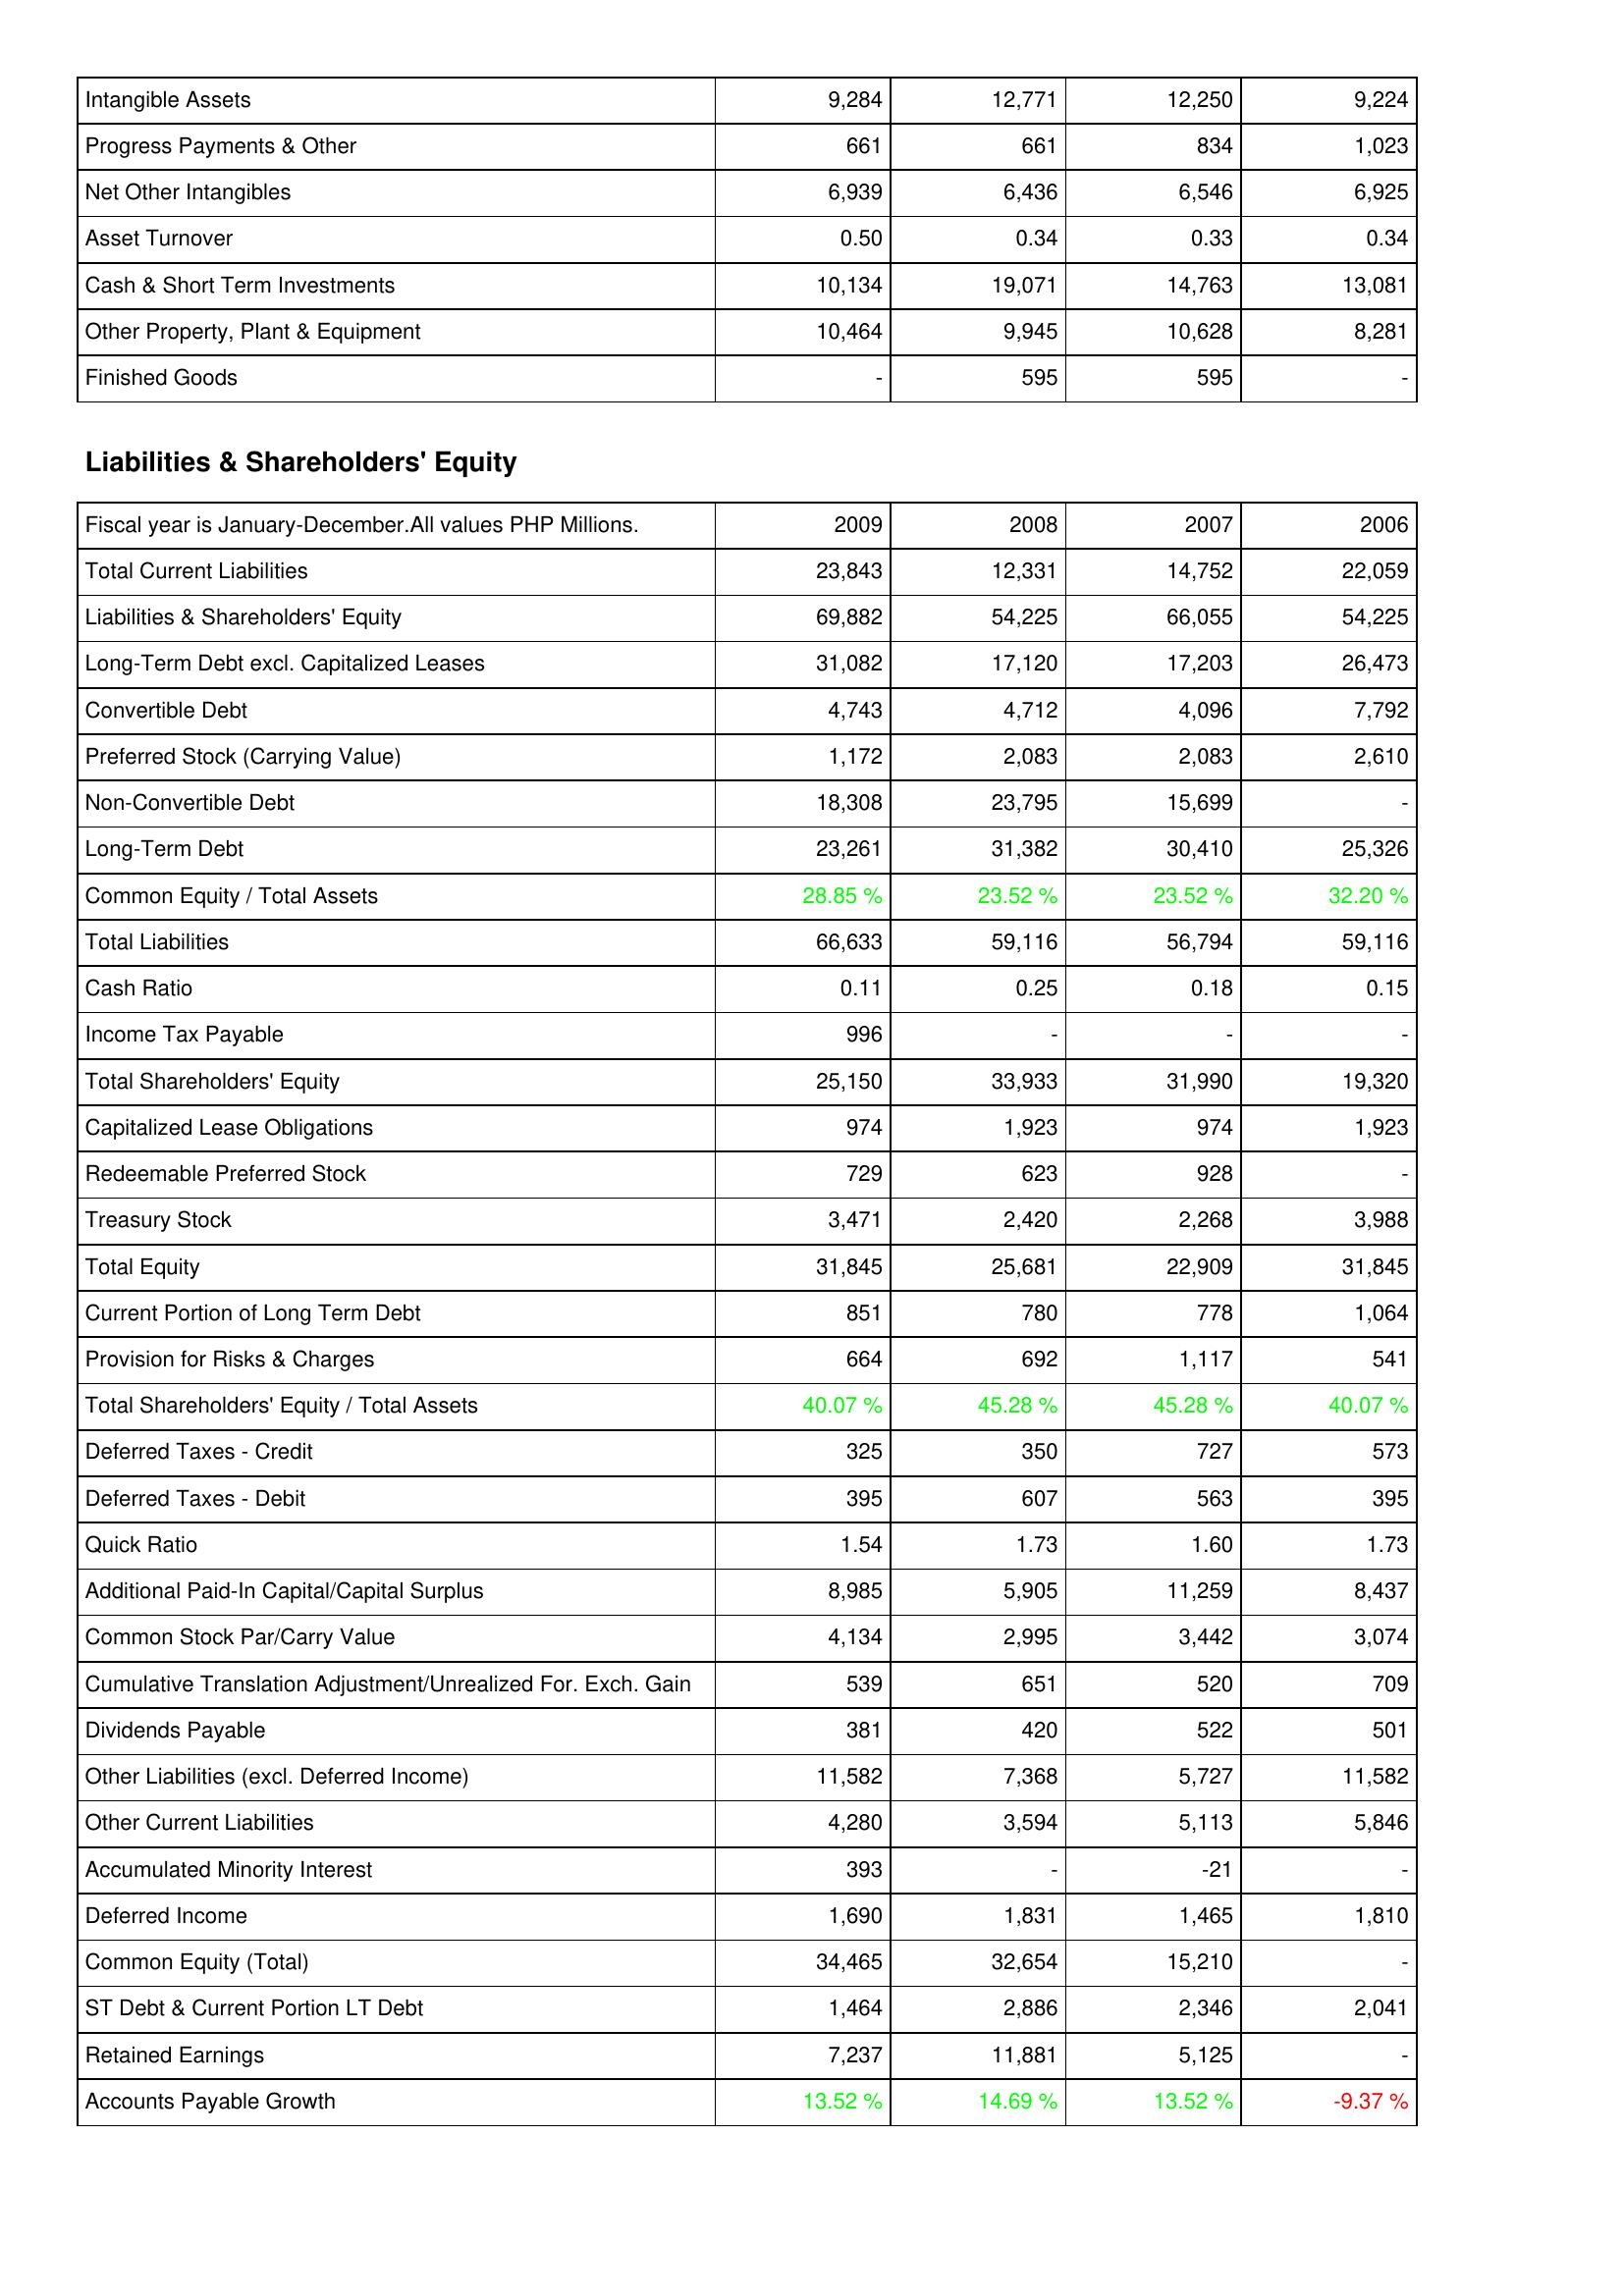
2009: Assets: Intangible Assets: 9,284
Progress Payments & Other: 661
Net Other Intangibles: 6,939
Asset Turnover: 0.50
Cash & Short Term Investments: 10,134
Other Property, Plant & Equipment: 10,464
Finished Goods: -
Liabilities & Shareholders' Equity: Total Current Liabilities: 23,843
Liabilities & Shareholders' Equity: 69,882
Long-Term Debt excl. Capitalized Leases: 31,082
Convertible Debt: 4,743
Preferred Stock (Carrying Value): 1,172
Non-Convertible Debt: 18,308
Long-Term Debt: 23,261
Common Equity / Total Assets: 28.85 %
Total Liabilities: 66,633
Cash Ratio: 0.11
Income Tax Payable: 996
Total Shareholders' Equity: 25,150
Capitalized Lease Obligations: 974
Redeemable Preferred Stock: 729
Treasury Stock: 3,471
Total Equity: 31,845
Current Portion of Long Term Debt: 851
Provision for Risks & Charges: 664
Total Shareholders' Equity / Total Assets: 40.07 %
Deferred Taxes - Credit: 325
Deferred Taxes - Debit: 395
Quick Ratio: 1.54
Additional Paid-In Capital/Capital Surplus: 8,985
Common Stock Par/Carry Value: 4,134
Cumulative Translation Adjustment/Unrealized For. Exch. Gain: 539
Dividends Payable: 381
Other Liabilities (excl. Deferred Income): 11,582
Other Current Liabilities: 4,280
Accumulated Minority Interest: 393
Deferred Income: 1,690
Common Equity (Total): 34,465
ST Debt & Current Portion LT Debt: 1,464
Retained Earnings: 7,237
Accounts Payable Growth: 13.52 %
2008: Assets: Intangible Assets: 12,771
Progress Payments & Other: 661
Net Other Intangibles: 6,436
Asset Turnover: 0.34
Cash & Short Term Investments: 19,071
Other Property, Plant & Equipment: 9,945
Finished Goods: 595
Liabilities & Shareholders' Equity: Total Current Liabilities: 12,331
Liabilities & Shareholders' Equity: 54,225
Long-Term Debt excl. Capitalized Leases: 17,120
Convertible Debt: 4,712
Preferred Stock (Carrying Value): 2,083
Non-Convertible Debt: 23,795
Long-Term Debt: 31,382
Common Equity / Total Assets: 23.52 %
Total Liabilities: 59,116
Cash Ratio: 0.25
Income Tax Payable: -
Total Shareholders' Equity: 33,933
Capitalized Lease Obligations: 1,923
Redeemable Preferred Stock: 623
Treasury Stock: 2,420
Total Equity: 25,681
Current Portion of Long Term Debt: 780
Provision for Risks & Charges: 692
Total Shareholders' Equity / Total Assets: 45.28 %
Deferred Taxes - Credit: 350
Deferred Taxes - Debit: 607
Quick Ratio: 1.73
Additional Paid-In Capital/Capital Surplus: 5,905
Common Stock Par/Carry Value: 2,995
Cumulative Translation Adjustment/Unrealized For. Exch. Gain: 651
Dividends Payable: 420
Other Liabilities (excl. Deferred Income): 7,368
Other Current Liabilities: 3,594
Accumulated Minority Interest: -
Deferred Income: 1,831
Common Equity (Total): 32,654
ST Debt & Current Portion LT Debt: 2,886
Retained Earnings: 11,881
Accounts Payable Growth: 14.69 %
2007: Assets: Intangible Assets: 12,250
Progress Payments & Other: 834
Net Other Intangibles: 6,546
Asset Turnover: 0.33
Cash & Short Term Investments: 14,763
Other Property, Plant & Equipment: 10,628
Finished Goods: 595
Liabilities & Shareholders' Equity: Total Current Liabilities: 14,752
Liabilities & Shareholders' Equity: 66,055
Long-Term Debt excl. Capitalized Leases: 17,203
Convertible Debt: 4,096
Preferred Stock (Carrying Value): 2,083
Non-Convertible Debt: 15,699
Long-Term Debt: 30,410
Common Equity / Total Assets: 23.52 %
Total Liabilities: 56,794
Cash Ratio: 0.18
Income Tax Payable: -
Total Shareholders' Equity: 31,990
Capitalized Lease Obligations: 974
Redeemable Preferred Stock: 928
Treasury Stock: 2,268
Total Equity: 22,909
Current Portion of Long Term Debt: 778
Provision for Risks & Charges: 1,117
Total Shareholders' Equity / Total Assets: 45.28 %
Deferred Taxes - Credit: 727
Deferred Taxes - Debit: 563
Quick Ratio: 1.60
Additional Paid-In Capital/Capital Surplus: 11,259
Common Stock Par/Carry Value: 3,442
Cumulative Translation Adjustment/Unrealized For. Exch. Gain: 520
Dividends Payable: 522
Other Liabilities (excl. Deferred Income): 5,727
Other Current Liabilities: 5,113
Accumulated Minority Interest: -21
Deferred Income: 1,465
Common Equity (Total): 15,210
ST Debt & Current Portion LT Debt: 2,346
Retained Earnings: 5,125
Accounts Payable Growth: 13.52 %
2006: Assets: Intangible Assets: 9,224
Progress Payments & Other: 1,023
Net Other Intangibles: 6,925
Asset Turnover: 0.34
Cash & Short Term Investments: 13,081
Other Property, Plant & Equipment: 8,281
Finished Goods: -
Liabilities & Shareholders' Equity: Total Current Liabilities: 22,059
Liabilities & Shareholders' Equity: 54,225
Long-Term Debt excl. Capitalized Leases: 26,473
Convertible Debt: 7,792
Preferred Stock (Carrying Value): 2,610
Non-Convertible Debt: -
Long-Term Debt: 25,326
Common Equity / Total Assets: 32.20 %
Total Liabilities: 59,116
Cash Ratio: 0.15
Income Tax Payable: -
Total Shareholders' Equity: 19,320
Capitalized Lease Obligations: 1,923
Redeemable Preferred Stock: -
Treasury Stock: 3,988
Total Equity: 31,845
Current Portion of Long Term Debt: 1,064
Provision for Risks & Charges: 541
Total Shareholders' Equity / Total Assets: 40.07 %
Deferred Taxes - Credit: 573
Deferred Taxes - Debit: 395
Quick Ratio: 1.73
Additional Paid-In Capital/Capital Surplus: 8,437
Common Stock Par/Carry Value: 3,074
Cumulative Translation Adjustment/Unrealized For. Exch. Gain: 709
Dividends Payable: 501
Other Liabilities (excl. Deferred Income): 11,582
Other Current Liabilities: 5,846
Accumulated Minority Interest: -
Deferred Income: 1,810
Common Equity (Total): -
ST Debt & Current Portion LT Debt: 2,041
Retained Earnings: -
Accounts Payable Growth: -9.37 %